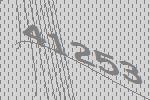
41253